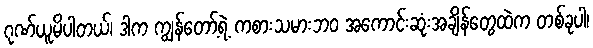
ဂုဏ်ယူမိပါတယ်၊ ဒါက ကျွန်တော့်ရဲ့ ကစားသမားဘ၀ အကောင်းဆုံးအချိန်တွေထဲက တစ်ခုပါ၊